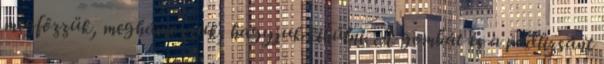
megfőzzük, meghámozzuk, hagyjuk kihűlni. A gombát és a padlizsánt